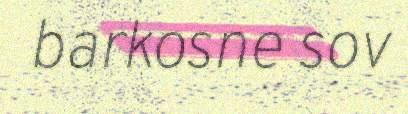
barkosne sov